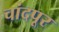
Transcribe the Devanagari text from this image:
चांदपूर